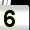
Digit: 5